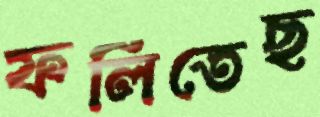
ফলিতেছ